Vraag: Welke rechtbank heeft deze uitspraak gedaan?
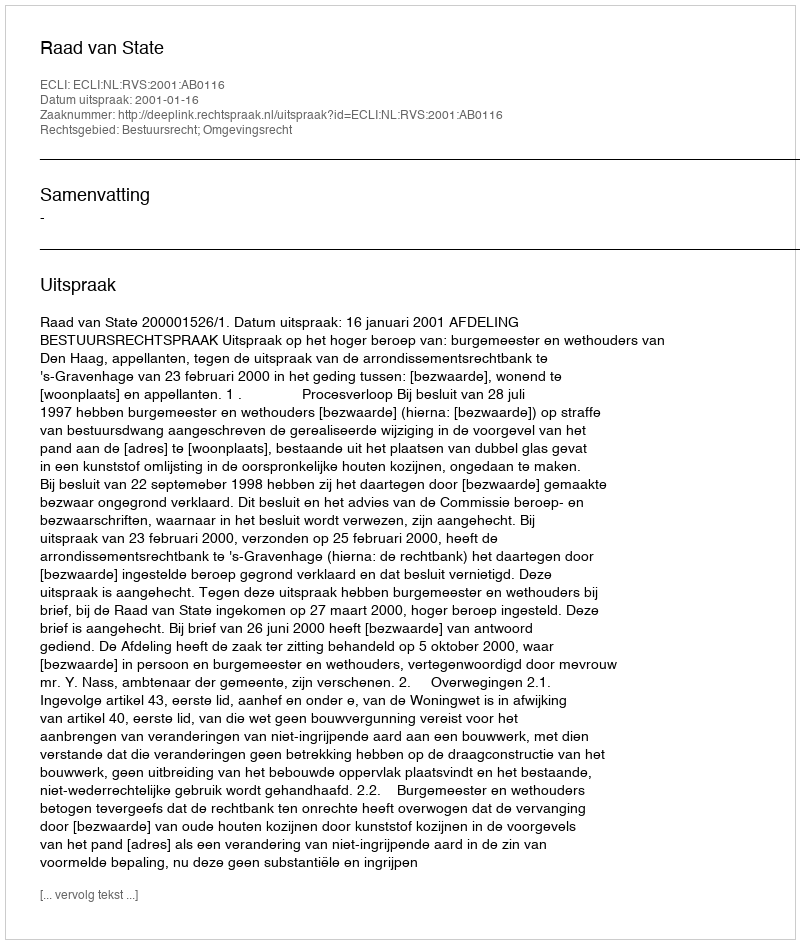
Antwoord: Raad van State